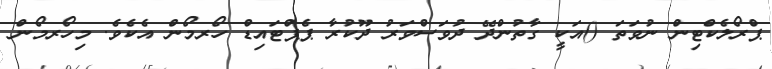
ޕްރޯލެކްޓިން ނުވަތަ ()އަކީ ގާތުންދޭ ދުވަސްވަރު ދޫކުރާ ޕެޕްޓައިޑް ހޯރމޯން އެކެވެ. މިހޯރމޯން